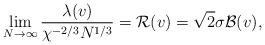
LaTeX: \begin{align*}\lim_{N\to\infty} \frac{\lambda(v)}{\chi^{-2/3} N^{1/3}}= {\cal R}(v)=\sqrt{2}\sigma {\cal B}(v),\end{align*}